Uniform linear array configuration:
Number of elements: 24
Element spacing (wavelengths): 0.5
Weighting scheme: hann
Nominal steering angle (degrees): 30
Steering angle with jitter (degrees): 30.337
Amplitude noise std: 0.05
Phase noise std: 0.05

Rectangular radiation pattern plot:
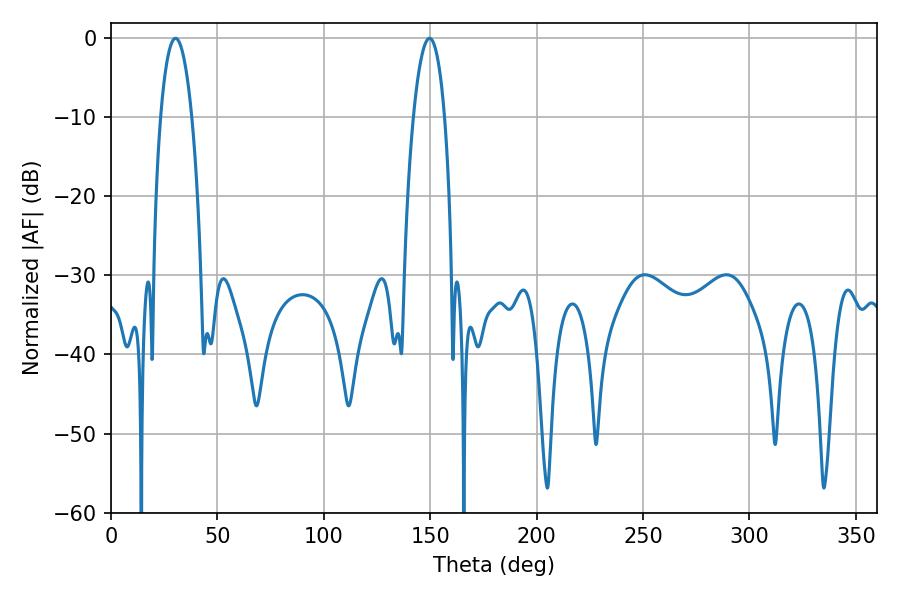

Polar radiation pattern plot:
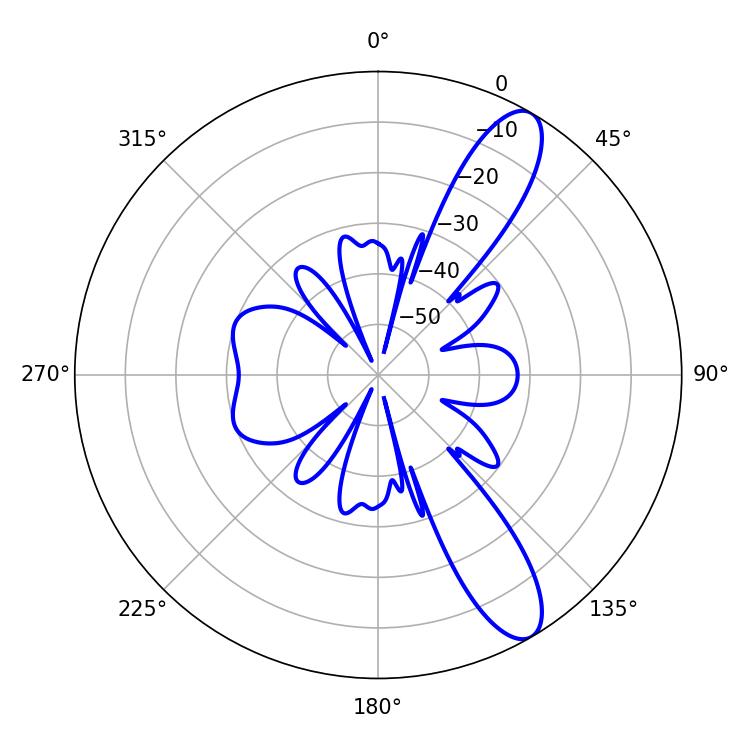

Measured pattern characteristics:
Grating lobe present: FALSE
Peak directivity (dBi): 11.141
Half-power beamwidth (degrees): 8.28
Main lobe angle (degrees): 30.24